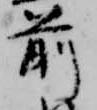
前